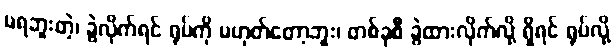
မရဘူးတဲ့၊ ခွဲလိုက်ရင် ရုပ်ကို မဟုတ်တော့ဘူး၊ တစ်ခုစီ ခွဲထားလိုက်လို့ ရှိရင် ရုပ်လို့